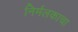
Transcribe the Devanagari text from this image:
निर्मलकाचा